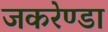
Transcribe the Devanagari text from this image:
जकरेण्डा